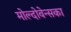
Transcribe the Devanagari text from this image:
मोल्दोवेन्सका